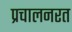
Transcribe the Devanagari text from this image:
प्रचालनरत